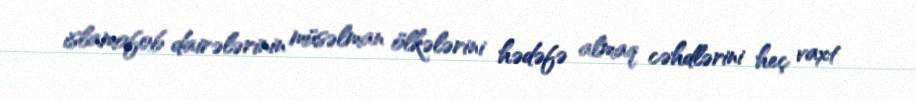
islamofob dairələrinin müsəlman ölkələrini hədəfə almaq cəhdlərini heç vaxt